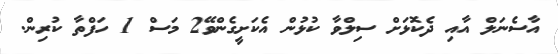
އާސެނަލް އާއި ދެކޮޅަށް ސިލްވާ ކުޅުން އެކަށީގެންވޭ2 މަސް 1 ހަފްތާ ކުރިން.